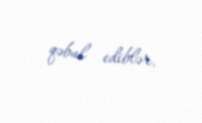
qəbul ediblər.